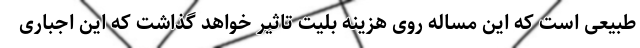
طبیعی است که این مساله روی هزینه بلیت تاثیر خواهد گذاشت که این اجباری